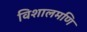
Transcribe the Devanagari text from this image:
विशालमणि